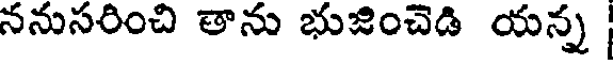
ననుసరించి తాను భుజించెడి యన్న